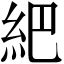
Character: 紦